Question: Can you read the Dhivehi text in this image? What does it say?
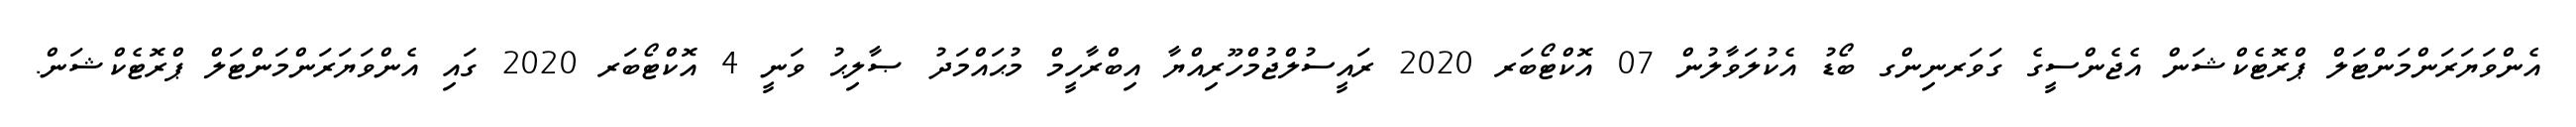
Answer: އެންވަޔަރަންމަންޓަލް ޕްރޮޓެކްޝަން އެޖެންސީގެ ގަވަރނިންގ ބޯޑު އެކުލަވާލުން 07 އޮކްޓޯބަރ 2020 ރައީސުލްޖުމްހޫރިއްޔާ އިބްރާހީމް މުޙައްމަދު ޞާލިޙު ވަނީ 4 އޮކްޓޯބަރ 2020 ގައި އެންވަޔަރަންމަންޓަލް ޕްރޮޓެކްޝަން.